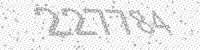
Solution: 227784